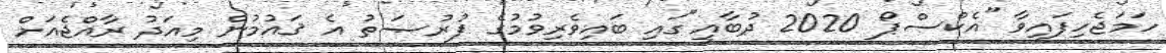
ހަމަޖެހިފައިވާ "އެކްސްޕޯ 2020 ދުބާއީ"ގައި ބައިވެރިވުމުގެ ފުރުޞަތު އެ ޤައުމުން މިއަދު ރާއްޖެއަށް